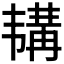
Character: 𫖕